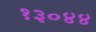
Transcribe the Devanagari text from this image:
१३०४४